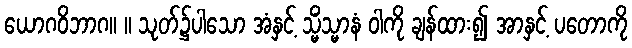
ယောဂဝိဘာဂ။ ။ သုတ်၌ပါသော အံနှင့် သ္မိံသ္မာနံ ဝါကို ချန်ထား၍ အာနှင့် ပတောကို